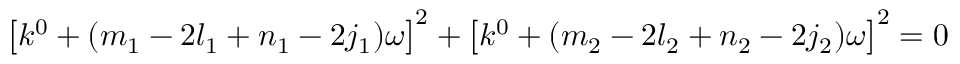
\begin{array} { r } { \left[ k ^ { 0 } + ( m _ { 1 } - 2 l _ { 1 } + n _ { 1 } - 2 j _ { 1 } ) \omega \right] ^ { 2 } + \left[ k ^ { 0 } + ( m _ { 2 } - 2 l _ { 2 } + n _ { 2 } - 2 j _ { 2 } ) \omega \right] ^ { 2 } = 0 } \end{array}